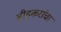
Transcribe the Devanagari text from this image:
बीडकरांचा